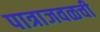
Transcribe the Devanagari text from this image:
पात्राजवळची